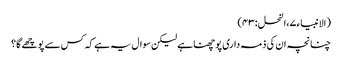
(الانبیاء ۷،النحل :۳ ۴)
چنانچہ ان کی ذمہ داری پوچھنا ہے لیکن سوال یہ ہے کہ کس سے پوچھے گا؟